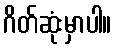
ဂိတ်ဆုံးမှာပါ။